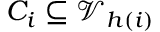
C _ { i } \subseteq \mathcal { V } _ { h ( i ) }